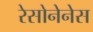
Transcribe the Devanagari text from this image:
रेसोनेनेस